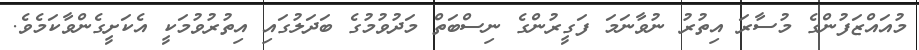
މުއައްޒަފުންގެ މުސާރަ އިތުރު ނުވާނަމަ ފަގީރުންގެ ނިސްބަތް މަދުވުމުގެ ބަދަލުގައި އިތުރުވުމަކީ އެކަށީގެންވާކަމެވެ.